Annual report of the Punjab Veterinary College and of the Civil Veterinary Department, Punjab - 1920-1925
Year: 1920
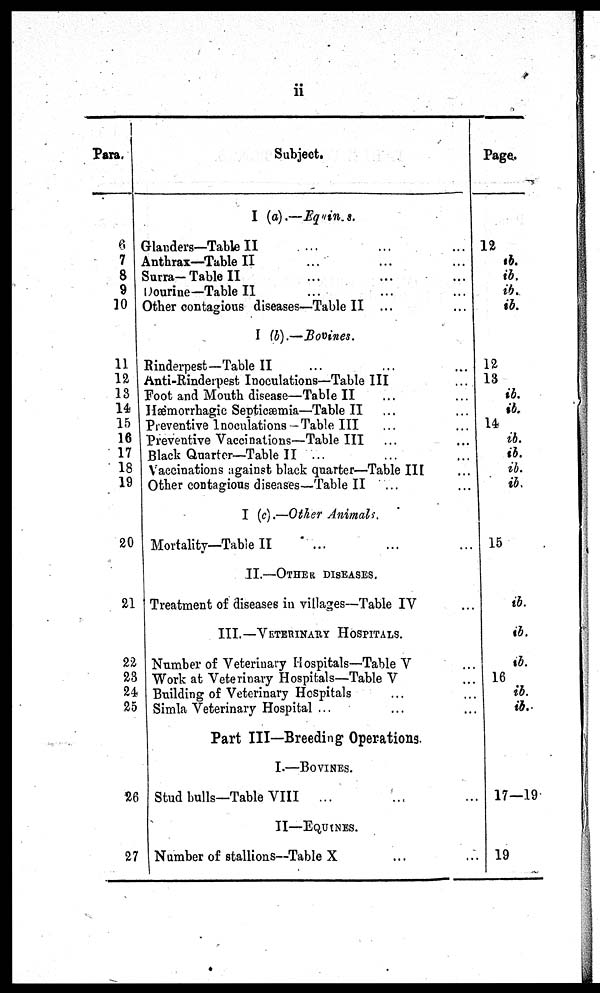
ii
Para.
6
7
8
9
10
11
12
13
14
15
16
17
18
19
20
21
22
23
24
25
26
27
Subject.
I (a).—Equines.
Glanders—Table II ... ... ...
Anthrax—Table II ... ... ... ...
Surra-Table II ... ... ... ...
Dourine—Table II ... ... ... ...
Other contagious diseases—Table II ... ... ... ...
I (b).—Bovines.
Rinderpest—Table II ... ... ... ...
Anti-Rinderpest Inoculations—Table III ...
Foot and Mouth disease—Table II ... ... ... ...
Hæmorrhagic Septicæmia—Table II ... ... ...
Preventive Inoculations — Table III ... ...
Preventive Vaccinations—Table III ... ... ... ... ... ...
Black Quarter—Table II ... . ... ... ...
Vaccinations against black quarter—Table III
Other contagious diseases—Table II ... ... ... ...
I (c).—Other Animals.
Mortality—Table II ... ... ... ... ...
II.—OTHER DISEASES.
Treatment of diseases in villages—Table IV
III.—VETERINARY HOSPITALS.
Number of Veterinary Hospitals—Table V ...
Work at Veterinary Hospitals—Table V ...
Building of Veterinary Hospitals ...
Simla Veterinary Hospital ... ... ... ... ... ...
Part III—Breeding Operations.
I.—BOVINES.
Stud bulls—Table VIII
... ... ...
II—EQUINES.
Number of stallions—Table X ...
Page.
12
ib.
ib.
ib.
ib.
12
13
ib.
ib.
14
ib.
ib.
ib.
ib.
15
ib.
ib.
ib.
16
ib.
ib.
17—19
19